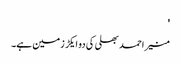
'
منیر احمد بھلی کی دو ایکڑ زمین ہے۔